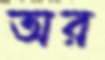
অর